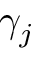
\gamma _ { j }